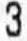
3